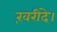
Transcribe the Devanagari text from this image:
ख़रीदे।